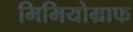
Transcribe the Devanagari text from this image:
मिमियोग्राफ